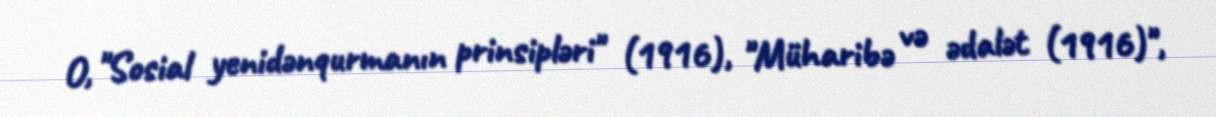
O, "Sosial yenidənqurmanın prinsipləri" (1916), "Müharibə və ədalət (1916)",